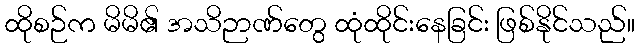
ထိုစဉ်က မိမိ၏ အသိဉာဏ်တွေ ထုံထိုင်းနေခြင်း ဖြစ်နိုင်သည်။